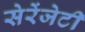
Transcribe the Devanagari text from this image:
सेरेंजेटी